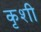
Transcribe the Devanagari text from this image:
कृशी